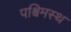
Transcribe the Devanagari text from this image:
पश्चिमस्थ